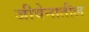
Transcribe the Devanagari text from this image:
जीवेनातील